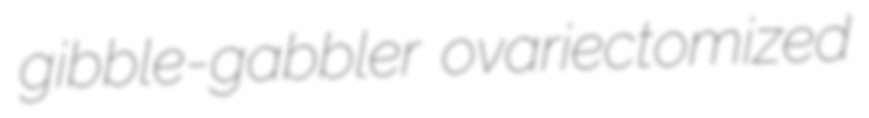
gibble-gabbler ovariectomized